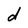
Character: d